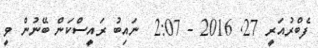
ފެބްރުއަރީ 27